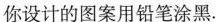
你设计的图案用铅笔涂黑.